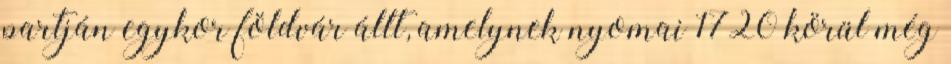
partján egykor földvár állt, amelynek nyomai 1720 körül még